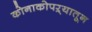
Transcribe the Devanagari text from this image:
कोनाकोपऱ्यातून